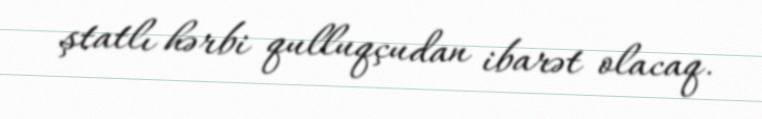
ştatlı hərbi qulluqçudan ibarət olacaq.